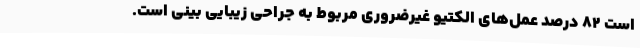
است 82 درصد عمل‌های الکتیو غیرضروری مربوط به جراحی زیبایی بینی است.